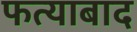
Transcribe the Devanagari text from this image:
फत्याबाद